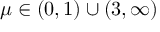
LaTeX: \mu \in ( 0 , 1 ) \cup ( 3 , \infty )